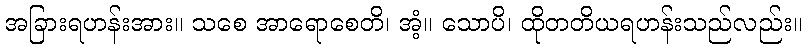
အခြားရဟန်းအား။ သစေ အာရောစေတိ၊ အံ့။ သောပိ၊ ထိုတတိယရဟန်းသည်လည်း။